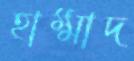
হাম্মাদ